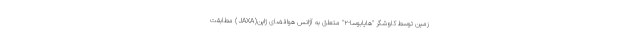
زمین توسط کاوشگر "هایابوسا-۲" متعلق به آژانس هوافضای ژاپن(JAXA) مطابقت